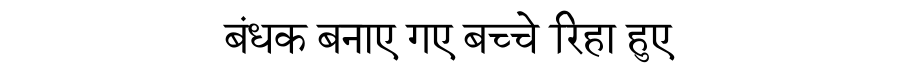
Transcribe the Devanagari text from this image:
बंधक बनाए गए बच्चे रिहा हुए